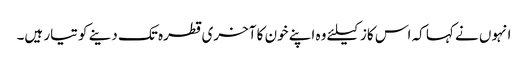
انہوں نے کہا کہ اس کاز کیلئے وہ اپنے خون کا آخری قطرہ تک دینے کو تیار ہیں۔